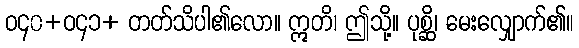
ဝ၄၀+ဝ၄၁+ တတ်သိပါ၏လော။ ဣတိ၊ ဤသို့။ ပုစ္ဆိ၊ မေးလျှောက်၏။